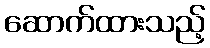
ဆောက်ထားသည့်